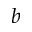
b